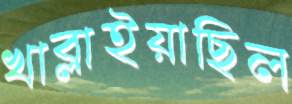
খাব্‌লাইয়াছিল